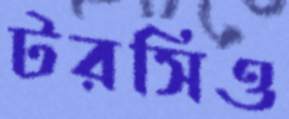
টরসিও